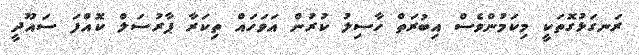
ރަނގަޅުގޮތަކީ މިކަމުންވެސް އިބުރަތް ހާސިލު ކުރުން އަވަހައް ތިކަރާ ޕާރުސަލް ކޮއްފަ ސައޫދީ